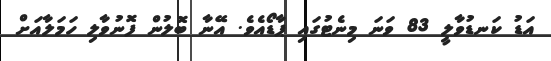
އަޑު ކަނޑުވާލީ 83 ވަނަ މިނެޓުގައި ޕާޑޯއެވެ. އޭނާ ބޮލުން ފޮނުވާލި ހަމަލާއަށް